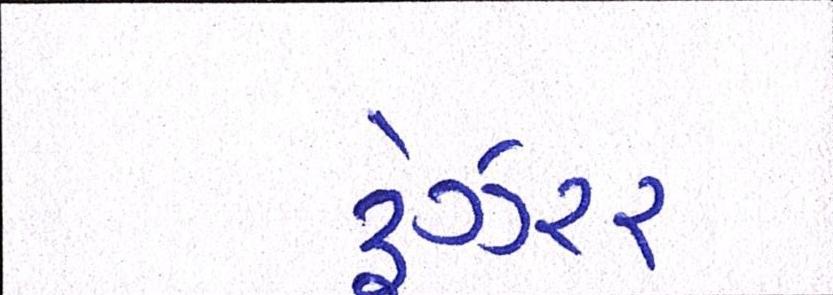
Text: ટ્રેઝરર